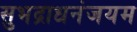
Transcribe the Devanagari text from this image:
सुभद्राधनंजयम